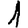
Digit: 1